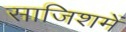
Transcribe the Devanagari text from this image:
साजिशमें